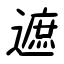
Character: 遮